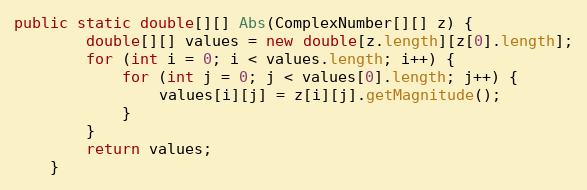
Language: Java
public static double[][] Abs(ComplexNumber[][] z) {
        double[][] values = new double[z.length][z[0].length];
        for (int i = 0; i < values.length; i++) {
            for (int j = 0; j < values[0].length; j++) {
                values[i][j] = z[i][j].getMagnitude();
            }
        }
        return values;
    }